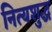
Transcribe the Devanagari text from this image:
नित्यशुद्ध